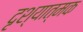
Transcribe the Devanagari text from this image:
दृश्‍यात्मक